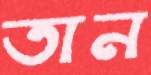
তান